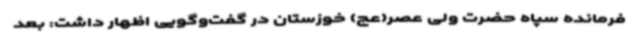
فرمانده سپاه حضرت ولی عصر(عج) خوزستان در گفت‌وگویی اظهار داشت: بعد